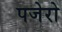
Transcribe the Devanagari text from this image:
पजेरो